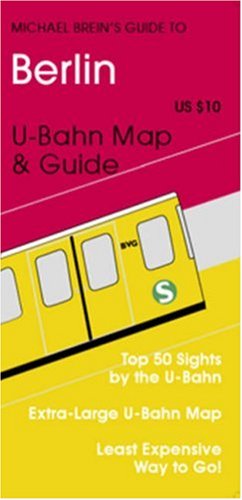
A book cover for Michael Brein's Guide to Berlin by the U-Bahn (Michael Brein's Guides to Sightseeing By Public Transportation) (Michael Brein's Guides to Sightseeing By ... to Sightseeing By Public Transportation); Michael Brein; Engineering & Transportation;